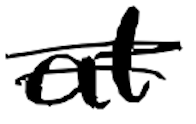
Text: at
Cross-out: double-line
Writing tool: digital_black